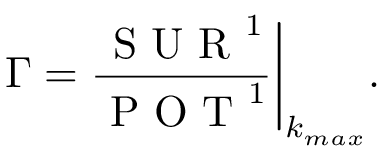
\Gamma = \frac { \mathrm { ~ S ~ U ~ R ~ } ^ { 1 } } { \mathrm { ~ P ~ O ~ T ~ } ^ { 1 } } \bigg | _ { k _ { m a x } } .